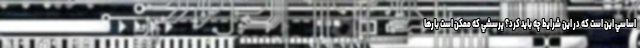
اساسي اين است كه در اين شرايط چه بايد كرد؟ پرسشي كه ممكن است بارها